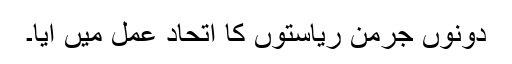
دونوں جرمن ریاستوں کا اتحاد عمل میں آیا۔